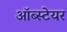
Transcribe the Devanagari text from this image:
ऑब्स्टेयर